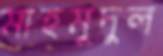
মাহমুদুল